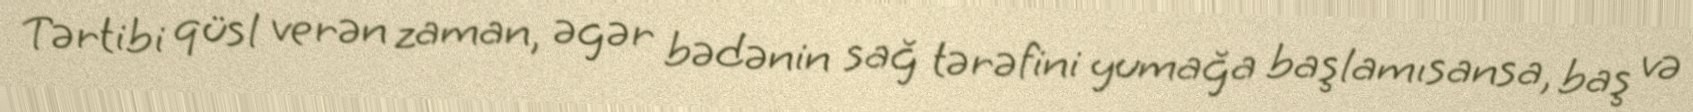
Tərtibi qüsl verən zaman, əgər bədənin sağ tərəfini yumağa başlamısansa, baş və